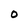
Character: O